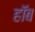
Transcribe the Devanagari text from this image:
हॉब